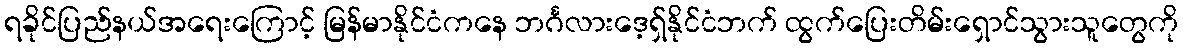
ရခိုင်ပြည်နယ်အရေးကြောင့် မြန်မာနိုင်ငံကနေ ဘင်္ဂလားဒေ့ရှ်နိုင်ငံဘက် ထွက်ပြေးတိမ်းရှောင်သွားသူတွေကို